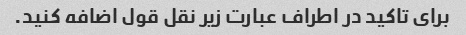
برای تاکید در اطراف عبارت زیر نقل قول اضافه کنید.